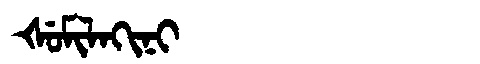
Manchu: ᡧᡠᠮᡳᠯᠠᡴᡳᠨᡳ
Romanization: ŠUMILAKINI